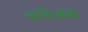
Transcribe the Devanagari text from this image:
करिजक